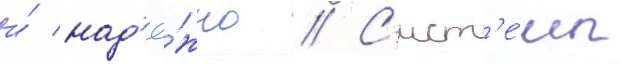
и́ над'ё́жно // С'ист'е́мы